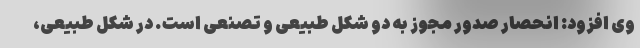
وی افزود: انحصار صدور مجوز به دو شکل طبیعی و تصنعی است. در شکل طبیعی،